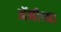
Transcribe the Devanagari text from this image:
अॅनीच्या